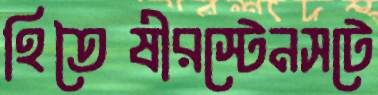
হিতৈষীরস্টেনসটে